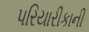
પરિયારીકાની